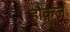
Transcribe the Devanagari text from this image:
हौक़ल